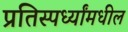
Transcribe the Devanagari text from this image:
प्रतिस्पर्ध्यांमधील